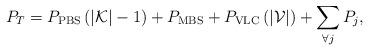
LaTeX: \begin{align*}P_T=P_{\rm PBS} \left( \left|{\mathcal{K}}\right| - 1\right) +P_{\rm MBS} + P_{\rm VLC}\left( \left|{\mathcal{V}}\right| \right) +\sum\limits_{\forall j} P_j,\end{align*}